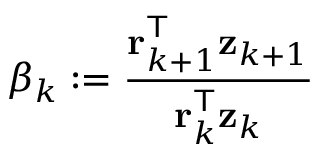
\beta _ { k } : = { \frac { \mathbf { r } _ { k + 1 } ^ { \mathsf { T } } \mathbf { z } _ { k + 1 } } { \mathbf { r } _ { k } ^ { \mathsf { T } } \mathbf { z } _ { k } } }